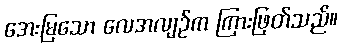
အေးမြသော လေအလျဉ်က ကြားဖြတ်သည်။